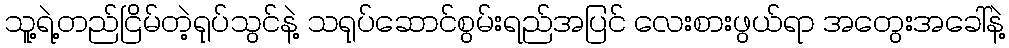
သူ့ရဲ့တည်ငြိမ်တဲ့ရုပ်သွင်နဲ့ သရုပ်ဆောင်စွမ်းရည်အပြင် လေးစားဖွယ်ရာ အတွေးအခေါ်နဲ့